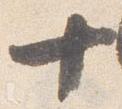
十